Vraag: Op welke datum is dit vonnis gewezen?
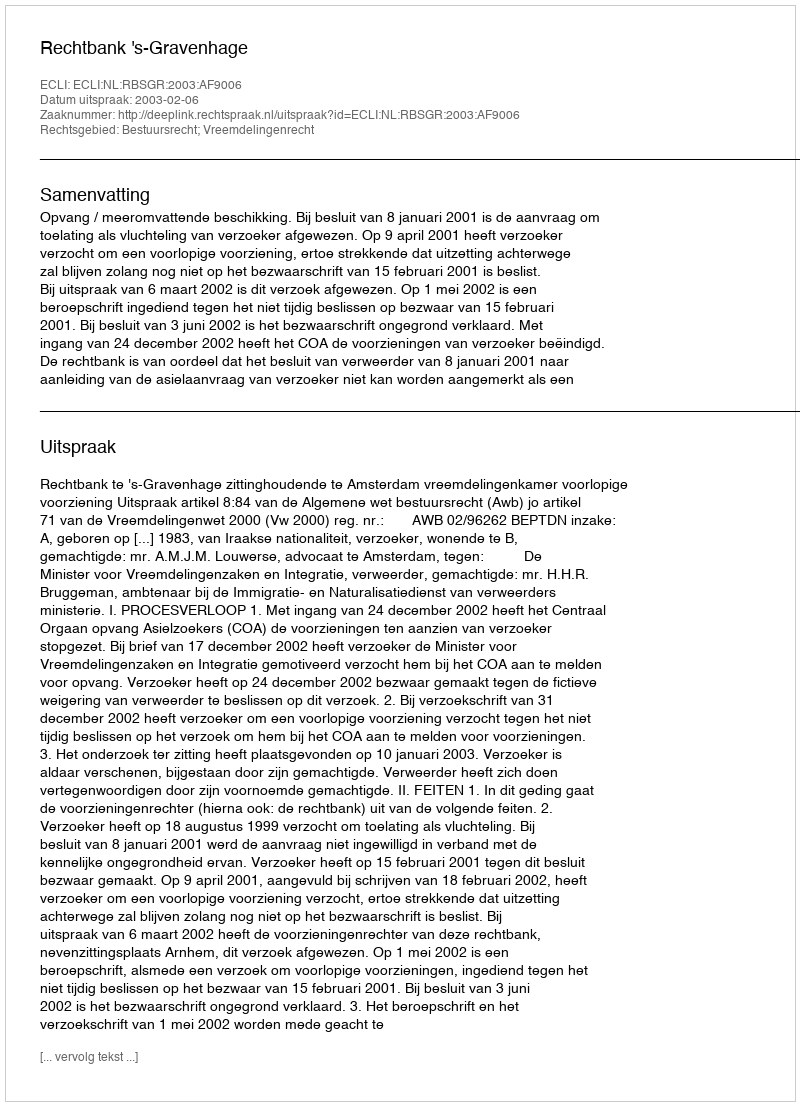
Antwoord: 2003-02-06